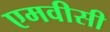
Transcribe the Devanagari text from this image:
एमवीसी